King Institute of Preventive Medicine Bacteriolog. Section reports 1907-08
Year: 1907
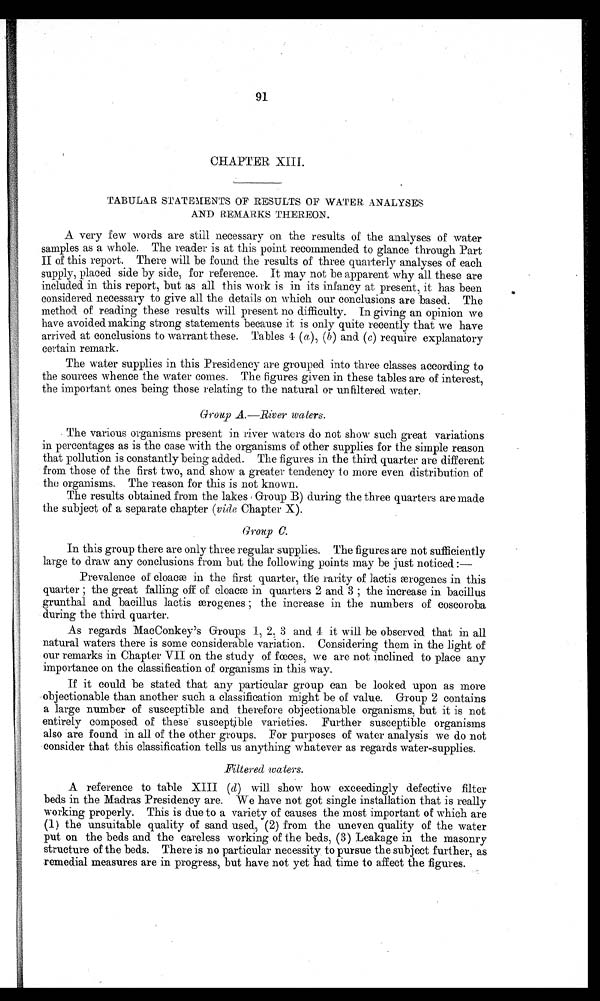
91
CHAPTER XIII.
TABULAR STATEMENTS OF RESULTS OF WATER ANALYSES
AND REMARKS THEREON.
A very few words are still necessary on the results of the analyses of water
samples as a whole. The reader is at this point recommended to glance through Part
II of this report. There will be found the results of three quarterly analyses of each
supply, placed side by side, for reference. It may not be apparent why all these are
included in this report, but as all this work is in its infancy at present, it has been
considered necessary to give all the details on which our conclusions are based. The
method of reading these results will present no difficulty. In giving an opinion we
have avoided making strong statements because it is only quite recently that we have
arrived at conclusions to warrant these. Tables 4 (a), (h) and (c) require explanatory
certain remark.
The water supplies in this Presidency are grouped into three classes according to
the sources whence the water comes. The figures given in these tables are of interest,
the important ones being those relating to the natural or unfiltered water.
Group A.—River waters.
The various organisms present in river waters do not show such great variations
in percentages as is the case with the organisms of other supplies for the simple reason
that pollution is constantly being added. The figures in the third quarter are different
from those of the first two, and show a greater tendency to more even distribution of
the organisms. The reason for this is not known.
The results obtained from the lakes Group B) during the three quarters are made
the subject of a separate chapter (vide Chapter X).
Group C.
In this group there are only three regular supplies. The figures are not sufficiently
large to draw any conclusions from but the following points may be just noticed :-
Prevalence of cloacæ in the first quarter, the rarity of lactis ærogenes in this
quarter ; the great falling off of cloacæ in quarters 2 and 3 ; the increase in bacillus
grunthal and bacillus lactis ærogenes ; the increase in the numbers of coscoroba
during the third quarter.
As regards MacConkey's Groups 1, 2. 3 and 4 it will be observed that in all
natural waters there is some considerable variation. Considering them in the light of
our remarks in Chapter VII on the study of fœces, we are not inclined to place any
importance on the classification of organisms in this way.
If it could be stated that any particular group can be looked upon as more
objectionable than another such a classification might be of value. Group 2 contains
a large number of susceptible and therefore objectionable organisms, but it is not
entirely composed of these susceptible varieties. Further susceptible organisms
also are found in all of the other groups. For purposes of water analysis we do not
consider that this classification tells us anything whatever as regards water-supplies.
Filtered waters.
A reference to table XIII (d) will show how exceedingly defective filter
beds in the Madras Presidency are. We have not got single installation that is really
working properly. This is due to a variety of causes the most important of which are
(1) the unsuitable quality of sand used, (2) from the uneven quality of the water
put on the beds and the careless working of the beds, (3) Leakage in the masonry
structure of the beds. There is no particular necessity to pursue the subject further, as
remedial measures are in progress, but have not yet had time to affect the figures.